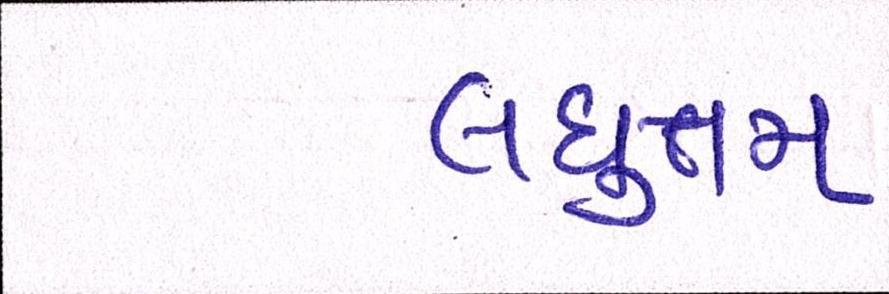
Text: લઘુત્તમ